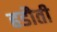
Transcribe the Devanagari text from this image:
हडौती